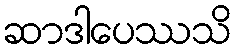
ဆာဒါပေဿသိ